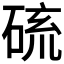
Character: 𱴖